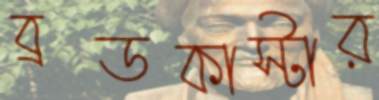
ব্রডকাস্টার